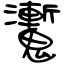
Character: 魙